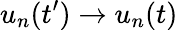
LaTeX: u_{n}(t^{\prime})\rightarrow u_{n}(t)